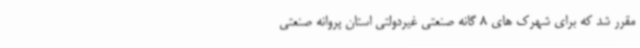
مقرر شد که برای شهرک های 8 گانه صنعتی غیردولتی استان پروانه صنعتی